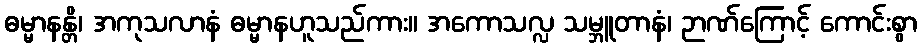
ဓမ္မာနန္တိ၊ အကုသလာနံ ဓမ္မာနဟူသည်ကား။ အကောသလ္လ သမ္ဘူတာနံ၊ ဉာဏ်ကြောင့် ကောင်းစွာ